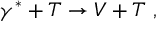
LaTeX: \gamma ^ { * } + T \rightarrow V + T \ ,